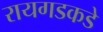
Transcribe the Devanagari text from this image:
रायगडकडे